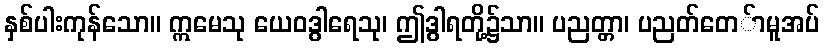
နှစ်ပါးကုန်သော။ ဣမေသု ယေဝဒွါရေသု၊ ဤဒွါရတို့၌သာ။ ပညတ္တာ၊ ပညတ်တေ်ာမူအပ်